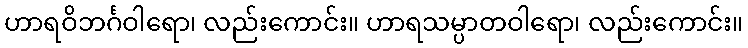
ဟာရဝိဘင်္ဂဝါရော၊ လည်းကောင်း။ ဟာရသမ္ပာတဝါရော၊ လည်းကောင်း။